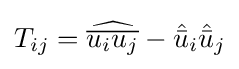
T_{ij}={\widehat {\overline {u_{i}u_{j}}}}-{\hat {\bar {u}}}_{i}{\hat {\bar {u}}}_{j}